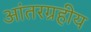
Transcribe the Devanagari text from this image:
आंतरग्रहीय